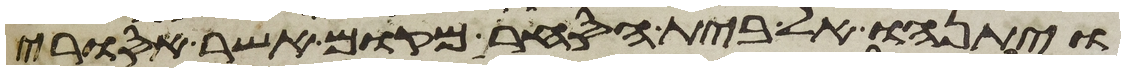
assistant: ויתנהו אל בית הסחר מקום אשר אסורי